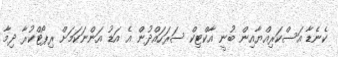
ކެނެޑާ އަސްކަރިއްޔާއިން ބުނީ އާކްޓިކް ސަރަހައްދުން އެ އަޑު އަންނަކަމަށް ރިޕޯޓްކުރާ ދިމާ